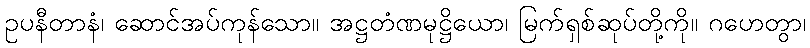
ဥပနီတာနံ၊ ဆောင်အပ်ကုန်သော။ အဋ္ဌတံဏမုဋ္ဌိယော၊ မြက်ရှစ်ဆုပ်တို့ကို။ ဂဟေတွာ၊